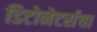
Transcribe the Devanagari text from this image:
डिटोनेटर्सचा